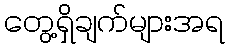
တွေ့ရှိချက်များအရ